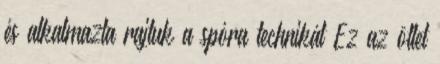
és alkalmazta rajtuk a spóra technikát Ez az ötlet